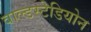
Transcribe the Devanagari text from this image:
वाल्डस्टेडियोन